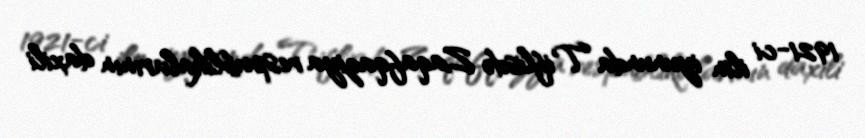
1921-ci ilin iyununda Tiflisdə Zaqafqaziya respublikalarının daxili